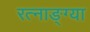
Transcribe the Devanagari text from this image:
रत्नाङ्ग्या